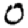
Digit: 0